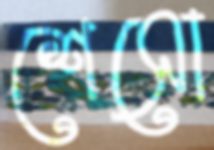
শেসো